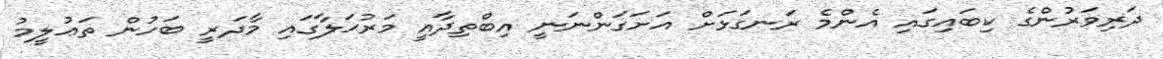
ދަރިވަރުންގެ ކިބައިގައި އެންމެ ރަނގަޅަށް އަށަގަންނަނީ އިބްތިދާއީ މަރުޙަލާގައި މާދަރީ ބަހުން ތަޢުލީމު